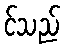
င်သည်